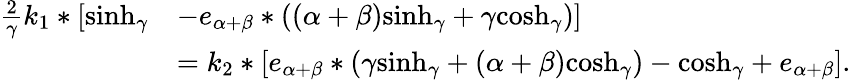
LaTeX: \begin{array}{rl}{\textstyle{\frac 2\gamma}{k_{1}}*[{\sinh_{\gamma}}}&{-{e_{\alpha+\beta}}*((\alpha+\beta){\sinh_{\gamma}}+\gamma{\cosh_{\gamma}})]}\\ &{={k_{2}}*[{e_{\alpha+\beta}}*(\gamma{\sinh_{\gamma}}+(\alpha+\beta){\cosh_{\gamma}})-{\cosh_{\gamma}}+e_{\alpha+\beta}].}\end{array}